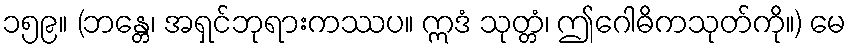
၁၅၉။ (ဘန္တေ၊ အရှင်ဘုရားကဿပ။ ဣဒံ သုတ္တံ၊ ဤဂေါဓိကသုတ်ကို။) မေ